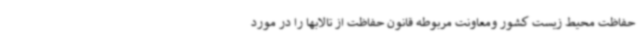
حفاظت محیط زیست کشور ومعاونت مربوطه قانون حفاظت از تالابها را در مورد